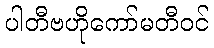
ပါတီဗဟိုကော်မတီဝင်